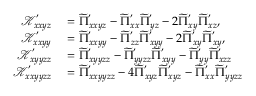
\begin{array} { r l } { \mathcal { K } _ { x x y z } ^ { ' } } & { { } = \widetilde { \Pi } _ { x x y z } ^ { ' } - \widetilde { \Pi } _ { x x } ^ { ' } \widetilde { \Pi } _ { y z } ^ { ' } - 2 \widetilde { \Pi } _ { x y } ^ { ' } \widetilde { \Pi } _ { x z } ^ { ' } , } \\ { \mathcal { K } _ { x x y y } ^ { ' } } & { { } = \widetilde { \Pi } _ { x x y y } ^ { ' } - \widetilde { \Pi } _ { z z } ^ { ' } \widetilde { \Pi } _ { x y y } ^ { ' } - 2 \widetilde { \Pi } _ { x y } ^ { ' } \widetilde { \Pi } _ { x y } ^ { ' } , } \\ { \mathcal { K } _ { x y y z z } ^ { ' } } & { { } = \widetilde { \Pi } _ { x y y z z } ^ { ' } - \widetilde { \Pi } _ { y y z z } ^ { ' } \widetilde { \Pi } _ { x y y } ^ { ' } - \widetilde { \Pi } _ { y y } ^ { ' } \widetilde { \Pi } _ { x z z } ^ { ' } } \\ { \mathcal { K } _ { x x y y z z } ^ { ' } } & { { } = \widetilde { \Pi } _ { x x y y z z } ^ { ' } - 4 \widetilde { \Pi } _ { x y z } ^ { ' } \widetilde { \Pi } _ { x y z } ^ { ' } - \widetilde { \Pi } _ { x x } ^ { ' } \widetilde { \Pi } _ { y y z z } ^ { ' } } \end{array}